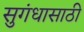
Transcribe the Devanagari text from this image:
सुगंधासाठी